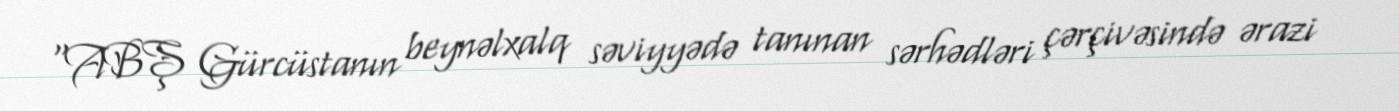
“ABŞ Gürcüstanın beynəlxalq səviyyədə tanınan sərhədləri çərçivəsində ərazi